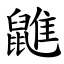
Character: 䶆